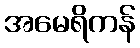
အမေရိကန်